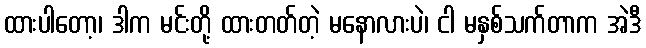
ထားပါတော့၊ ဒါက မင်းတို့ ထားတတ်တဲ့ မနောလားပဲ၊ ငါ မနှစ်သက်တာက အဲဒီ